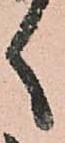
く